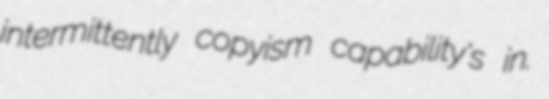
intermittently copyism capability's in.